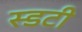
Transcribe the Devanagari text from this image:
स्डटी